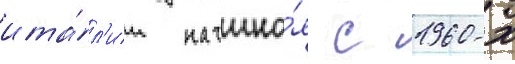
ита́л'ии начина́я с 1960-х